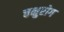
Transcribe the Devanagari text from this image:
चक्षुरोग